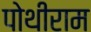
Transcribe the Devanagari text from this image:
पोथीराम